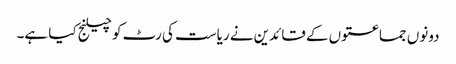
دونوں جماعتوں کے قائدین نے ریاست کی رٹ کو چیلنج کیا ہے۔